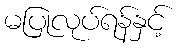
မပြုလုပ်ရန်နှင့်